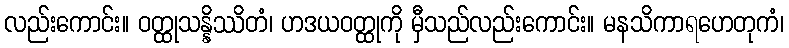
လည်းကောင်း။ ဝတ္ထုသန္နိဿိတံ၊ ဟဒယဝတ္ထုကို မှီသည်လည်းကောင်း။ မနသိကာရဟေတုကံ၊